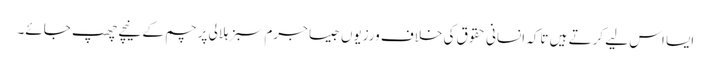
ایسا اس لیے کرتے ہیں تاکہ انسانی حقوق کی خلاف ورزیوں جیسا جرم سبز ہلالی پرچم کے نیچے چھپ جائے۔